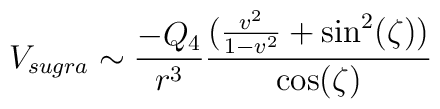
V_{sugra} \sim \frac{-Q_{4}}{r^{3}}\frac{(\frac{v^{2}}{1-v^2}+\sin^{2}(\zeta))}{\cos(\zeta)}